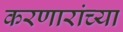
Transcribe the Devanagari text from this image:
करणारांच्या